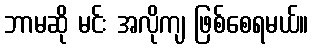
ဘာမဆို မင်း အလိုကျ ဖြစ်စေရမယ်။